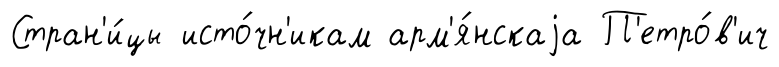
Стран'и́цы исто́чн'икам арм'я́нскаjа П'етро́в'ич